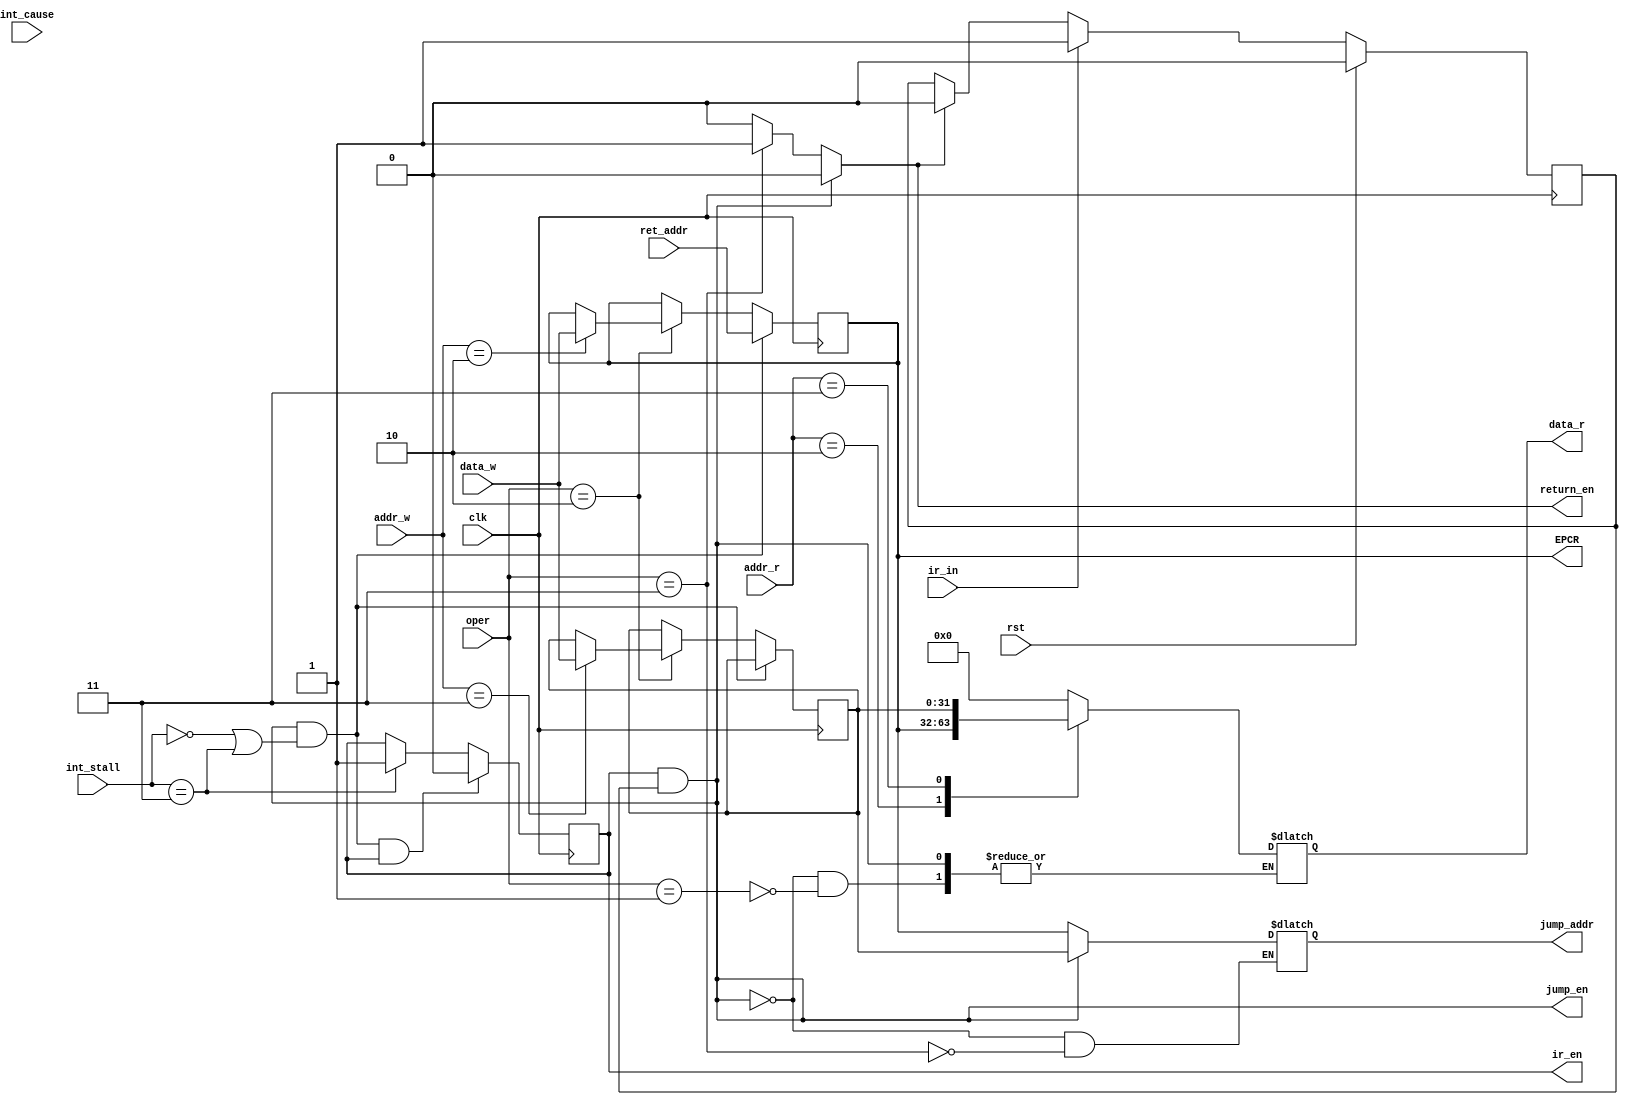
module cp0(
	input wire clk, // main clock
	// debug
	`ifdef DEBUG
	input wire [4:0] debug_addr, // debug address
	output reg [31:0] debug_data, // debug data
	`endif
	// operations (read in ID stage and write in EXE stage)
	input wire [1:0] oper, // CP0 operation type
	input wire [4:0] addr_r, // read address
	output reg [31:0] data_r, // read data
	input wire [4:0] addr_w, // write address
	input wire [31:0] data_w, // write data
	// control signal
	input wire rst, // synchronous reset
	output reg ir_en, // interrupt enable
	input wire ir_in, // external interrupt input
	input wire int_cause,
	output wire return_en,
	output reg [31:0] EPCR,
	input wire [2:0]int_stall,
	input wire [31:0] ret_addr, // target instruction address to store when interrupt occurred
	output wire jump_en, // force jump enable signal when interrupt authorised or ERET occurred
	output reg [31:0] jump_addr // target instruction address to jump to
	);
	//`include "mips_define.vh"
	// interrupt determination
	wire ir;
	reg ir_wait = 0, ir_valid = 1;
	reg ret_flag;
	reg eret = 0;
	reg cause = 0;
	reg [31:0] EHBR;
	//reg [31:0] EPCR;
	reg [31:0] CAUSE;
	initial begin
		EHBR = 0;
		EPCR = 0;
		CAUSE = 0;
		jump_addr = 0;
		ir_en <= 1;
	end

	always @(posedge clk) begin
		if (jump_en && (int_stall == 0 || int_stall == 3) && ir_en == 1 )
			ir_en =0;//ir_en + 1;
		else if(int_stall == 3)
			ir_en = 1;
		else;
	end


	always @(posedge clk) begin
		cause <= int_cause;
		if (rst)
			ir_wait <= 0;
		else if (ir_in)
			ir_wait <= 1;
		else if (eret)
			ir_wait <= 0;
	end
	always @(posedge clk) begin
		if (rst)
			ir_valid <= 1;
		else if (eret)
			ir_valid <= 1;
		else if (ir)
			ir_valid <= 0; // prevent exception reenter
	end
	//assign ir = ir_en & ir_wait & ir_valid;
	assign ir = ir_en & ir_wait;
	assign jump_en = ir;//||eret ;//|| ret_flag; 
	assign return_en  = eret;
	/*always @(posedge clk) begin
		jump_en <= 0;
		if (ir||eret)
			jump_en <= 1;	
	end*/
	
	
	always @(*) begin
		eret <= 0;
		//jump_addr <= 0;
		if(ir)begin
			jump_addr <= EHBR;
		end
		else begin
			case(oper)
				2'b01: begin	//MFC0
					case(addr_r)
						5'h2: data_r <= EPCR;
						5'h3: data_r <= EHBR;
						default: data_r <= 0;
					endcase
				end				
				/*EXE_CP_STORE: begin	//MTC0
					case(addr_w)
						CP0_EPCR: EPCR <= data_w;
						CP0_EHBR: EHBR <= data_w;
						default: ;
					endcase
				end*/
				2'b11: begin	//ERET
					eret <= 1;
					jump_addr <= EPCR;
				end
				default:;
			endcase
		end
	end
	
	always @(posedge clk) begin
		
		if(ir && (int_stall == 0 || int_stall == 3))begin
			EPCR <= ret_addr;
			CAUSE <= cause;
			//add one register: CAUSE

		end
		else begin
			case(oper)
				2'b10: begin	//MTC0
					case(addr_w)
						2: EPCR <= data_w;
						3: EHBR <= data_w;
						default: ;
					endcase
				end
			endcase
		end
	end


endmodule